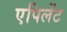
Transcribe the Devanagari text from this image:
एपिलेंट